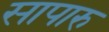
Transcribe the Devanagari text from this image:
सापारु